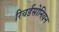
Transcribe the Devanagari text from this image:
रिचर्डसोनियन